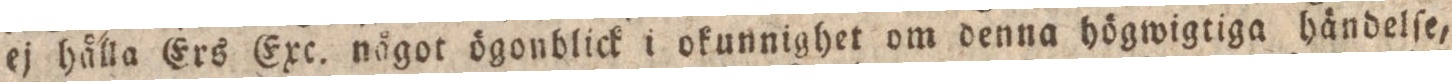
ej hålla Ers Exc. något ögonblick i okunnighet om denna högwigtiga händelſe,